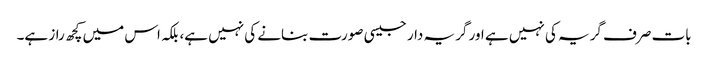
بات صرف گریہ کی نہیں ہے اور گریہ دار جیسی صورت بنانے کی نہیں ہے، بلکہ اس میں کچھ راز ہے۔